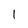
Character: I